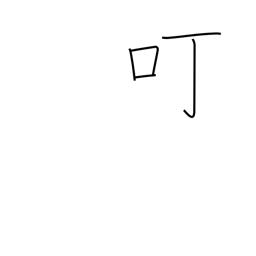
Meaning: courtesy